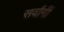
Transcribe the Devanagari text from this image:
सर्वांगीं